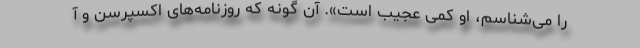
را می‌شناسم، او کمی عجیب است». آن گونه که روزنامه‌های اکسپرسن و آ